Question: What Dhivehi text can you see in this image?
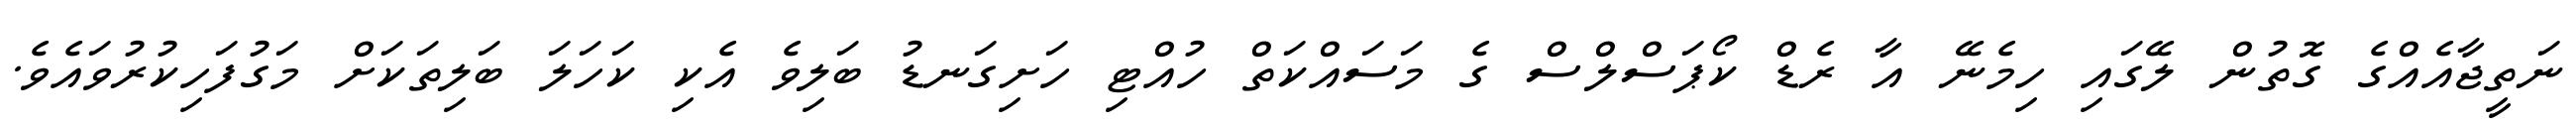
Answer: ނަތީޖާއެއްގެ ގޮތުން ލޭގައި ހިމެނޭ އާ ރެޑް ކޯޕަސްލްސް ގެ މަސައްކަތް ހުއްޓި ހަށިގަނޑު ބަލިވެ އެކި ކަހަލަ ބަލިތަކަށް މަގުފަހިކުރުވައެވެ.